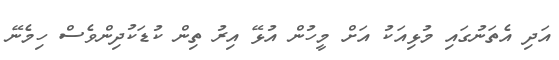
އަދި އެތަނުގައި މުޅިއަކު އަށް މީހުން އުޅޭ އިރު ތިން ކުޑަކުދިންވެސް ހިމެނޭ